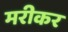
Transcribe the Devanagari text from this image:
मरीकर